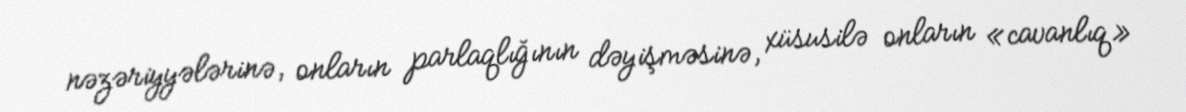
nəzəriyyələrinə, onların parlaqlığının dəyişməsinə, xüsusilə onların «cavanlıq»